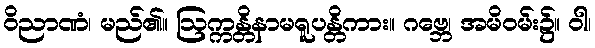
ဝိညာဏံ၊ မည်၏။ ဩက္ကန္တိနာမရူပန္တိကား။ ဂဗ္ဘေ၊ အမိဝမ်း၌။ ဝါ၊